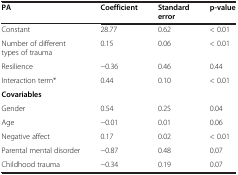
| PA | Coefficient | Standard error | p-value |
 | --- | --- | --- | --- |
 | Constant | 28.77 | 0.62 | < 0.01 |
 | Number of different types of trauma | 0.15 | 0.06 | < 0.01 |
 | Resilience | −0.36 | 0.46 | 0.44 |
 | Interaction term* | 0.44 | 0.10 | < 0.01 |
 | Covariables |  |  |  |
 | Gender | 0.54 | 0.25 | 0.04 |
 | Age | −0.01 | 0.01 | 0.06 |
 | Negative affect | 0.17 | 0.02 | < 0.01 |
 | Parental mental disorder | −0.87 | 0.48 | 0.07 |
 | Childhood trauma | −0.34 | 0.19 | 0.07 |